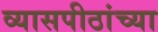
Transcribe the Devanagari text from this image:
व्यासपीठांच्या